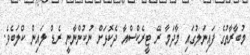
މުބާރާތުގެ ފައިނަލުގައި މާދަމާ ރޭ ޓީރެކްސްއާ ދެކޮޅަށް ނުކުންނާނީ ރެޑް ލައިން ކްލަބެވެ.